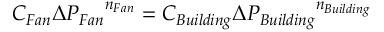
C _ { F a n } { { \Delta } P _ { F a n } } ^ { n _ { F a n } } = C _ { B u i l d i n g } { { \Delta } P _ { B u i l d i n g } } ^ { n _ { B u i l d i n g } } \,